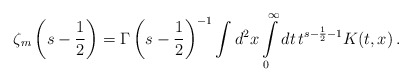
\begin{align*}\zeta_m \left( s-\frac 12\right)= \Gamma \left( s-\frac12\right)^{-1} \int d^2x \int\limits_0^\infty dt\, t^{s-\frac 12-1} K(t,x) \,.\end{align*}